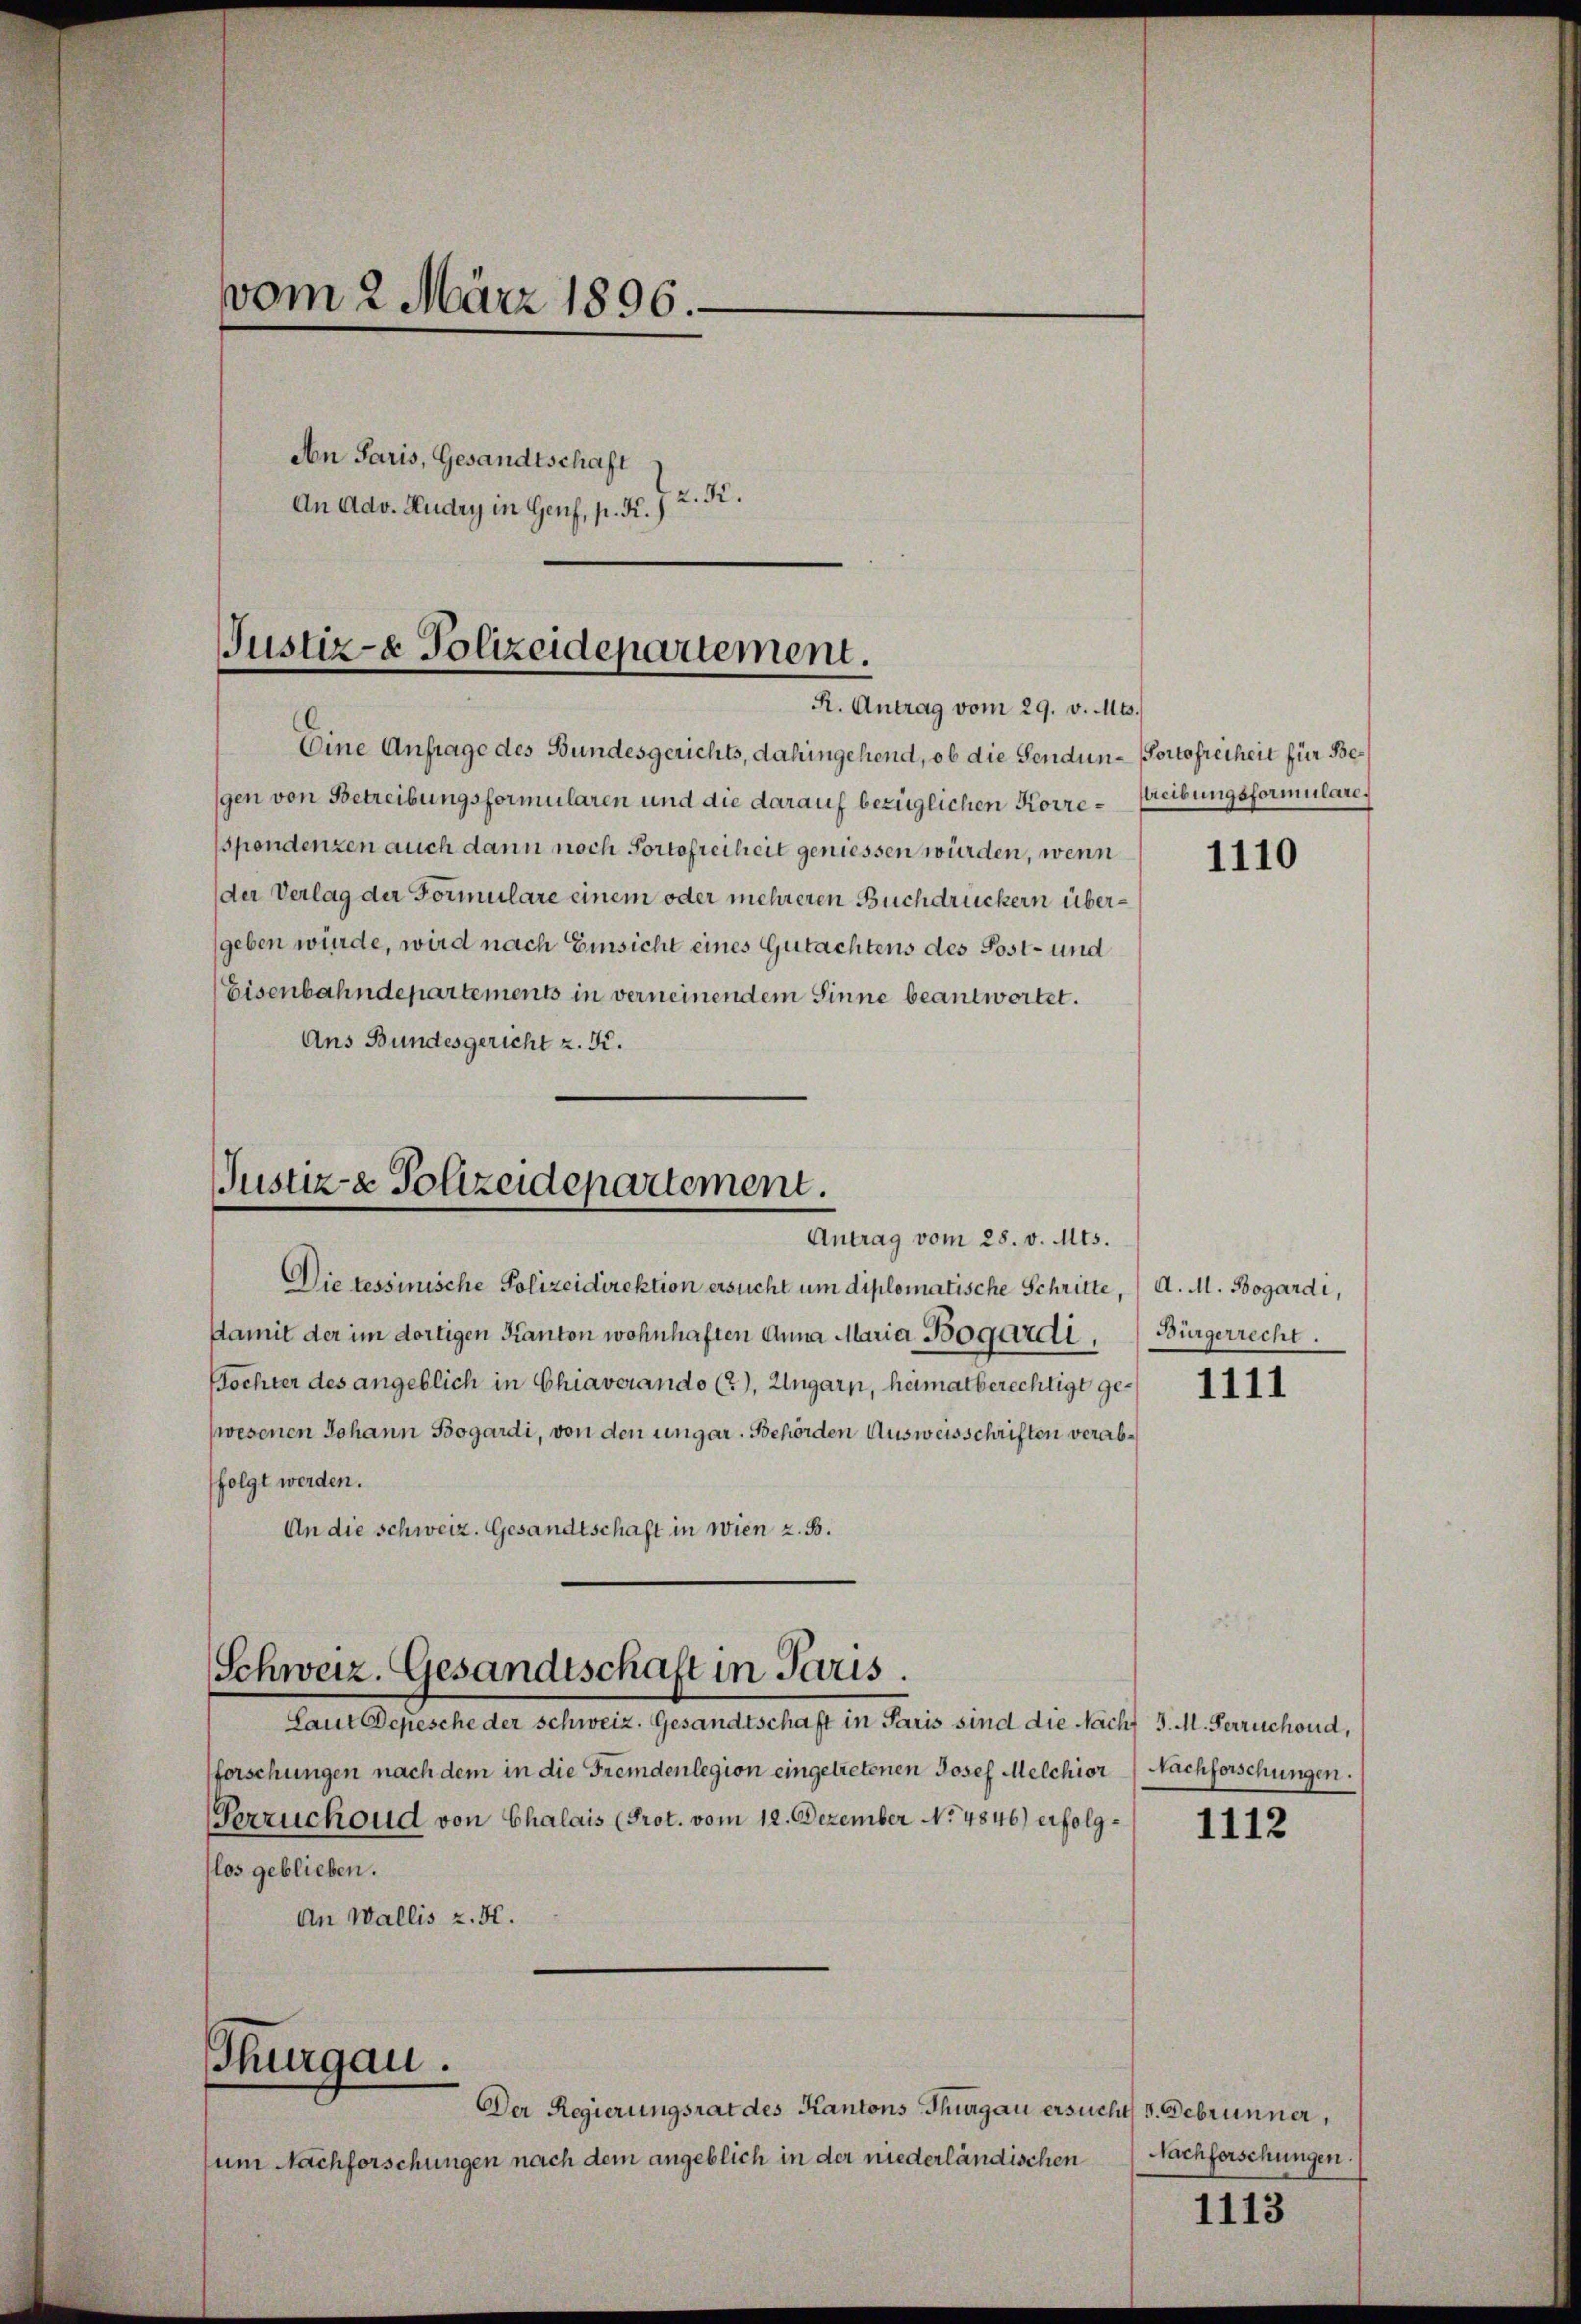
vom 2. März 1896.
An Paris, Gesandtschaft
2.K.
An Adv. Ludry in Genf, p. K.

Justiz- Polizeidepartement.
R. Antrag vom 29. v. Mts.

Eine Anfrage des Bundesgerichts, dahingehend, ob die Sendun-Portofreiheit für Begen von Betreibungsformularen und die darauf bezüglichen Korrespondenzen auch dann noch Portofreiheit geniessen würden, wenn
der Verlag der Formulare einem oder mehreren Buchdruckern übergeben würde, wird nach Einsicht eines Gutachtens des Post- und
Eisenbahndepartements in verneinendem Sinne beantwortet.
Ans Bundesgericht z. K.
Die tessinische Polizeidirektion ersucht um diplomatische Schritte, A. M. Bogardi,
damit der im dortigen Kanton wohnhaften Anna Maria Bogardi,
Bochter des angeblich in Chiaverando (2), Ungarn, heimatberechtigt gewesenen Johann Bogardi, von den ungar. Behörden Ausweisschriften verabfolgt werden.
An die Schweiz. Gesandtschaft in Wien z. B.
Schweiz. Gesandtschaft in Paris.
Laut Depesche der Schweiz. Gesandtschaft in Paris sind die Nachs J. M. Perruchoud,
forschungen nach dem in die Fremdenlegion eingetretenen Josef Melchior (Nachforschungen.
Verzuchoud von Chalais (Prot. vom 12. Dezember No 4846) erfolglos geblieben.
An Wallis z. H.
Thurgau.
Der Regierungsrat des Kantons Thurgau ersucht, d. Debrunner,
um Nachforschungen nach dem angeblich in der niederländischen

Justiz- & Polizeidepartement.
Antrag vom 28. v. Mts.

streibungsformulare.

1110

Bürgerrecht.

1111

1112

Nachforschungen.

1113